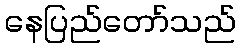
နေပြည်တော်သည်